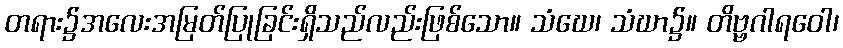
တရား၌အလေးအမြတ်ပြုခြင်းရှိသည်လည်းဖြစ်သော။ သံဃေ၊ သံဃာ၌။ တိဗ္ဗဂါရဝေါ၊